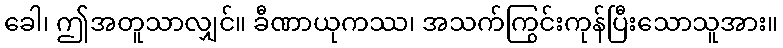
ခေါ၊ ဤအတူသာလျှင်။ ခီဏာယုကဿ၊ အသက်ကြွင်းကုန်ပြီးသောသူအား။